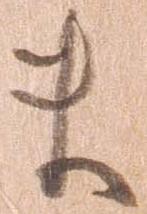
ま